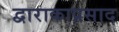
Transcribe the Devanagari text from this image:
द्वाराकाप्रसाद